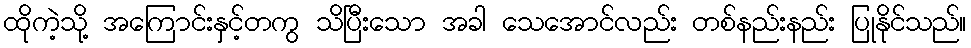
ထိုကဲ့သို့ အကြောင်းနှင့်တကွ သိပြီးသော အခါ သေအောင်လည်း တစ်နည်းနည်း ပြုနိုင်သည်။